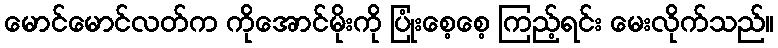
မောင်မောင်လတ်က ကိုအောင်မိုးကို ပြုံးစေ့စေ့ ကြည့်ရင်း မေးလိုက်သည်။